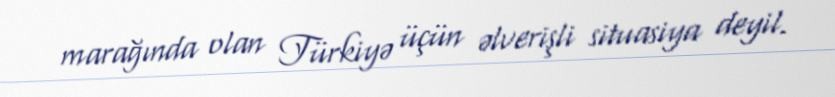
marağında olan Türkiyə üçün əlverişli situasiya deyil.